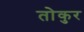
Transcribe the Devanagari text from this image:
तोकुर